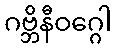
ဂဗ္ဘိနီဝဂ္ဂေါ